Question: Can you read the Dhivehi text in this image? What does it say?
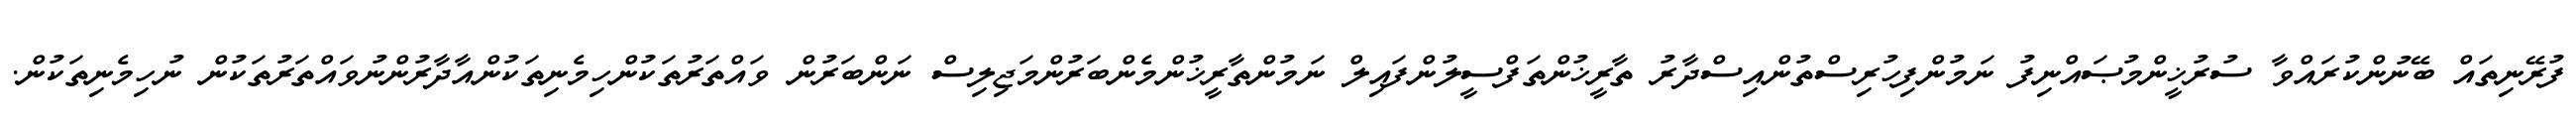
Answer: ފުރޭނިތައް ބޭނުންކުރައްވާ ސުރުޚީންމުޞައްނިފު ނަމުންފިހުރިސްތުންއިސްދާރު ތާރީޚުންތަފްސީލުންފައިލް ނަމުންތާރީޚުންމެންބަރުންމަޖިލިސް ނަންބަރުން ވައްތަރުތަކުންހިމެނިތަކުންއާދާރުންނުވައްތަރުތަކުން ނުހިމެނިތަކުން.